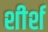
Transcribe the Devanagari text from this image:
शीर्श